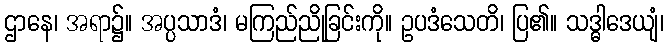
ဌာနေ၊ အရာ၌။ အပ္ပသာဒံ၊ မကြည်ညိုခြင်းကို။ ဥပဒံသေတိ၊ ပြ၏။ သဒ္ဓါဒေယျံ၊